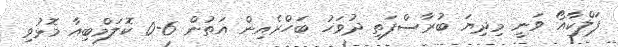
ފަލްކާއޯ ވަނީ މިދިޔަ ބުރާސްފަތި ދުވަހު ބަހްރެއިން އަތުން 6-0 ކޮލަމްބިއާ މޮޅުވި